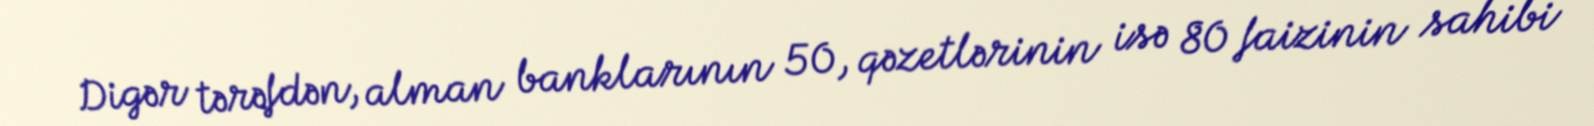
Digər tərəfdən, alman banklarının 50, qəzetlərinin isə 80 faizinin sahibi